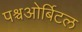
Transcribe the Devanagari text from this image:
पश्चओर्बिटल